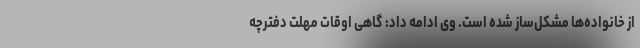
از خانواده‌ها مشکل‌ساز شده است. وی ادامه داد: گاهی اوقات مهلت دفترچه